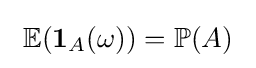
\ \operatorname {\mathbb {E} } (\mathbf {1} _{A}(\omega ))=\operatorname {\mathbb {P} } (A)\